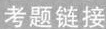
考题链接